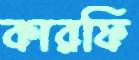
কারফি